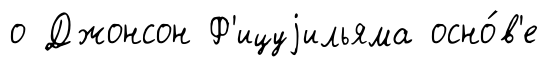
о Джонсон Ф'ицуjильяма осно́в'е